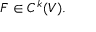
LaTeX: F \in C ^ { k } ( V ) .